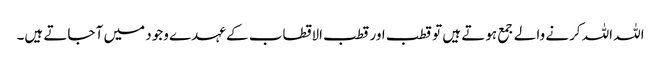
اللہ اللہ کرنے والے جمع ہوتے ہیں تو قطب اور قطب الاقطاب کے عہدے وجود میں آ جاتے ہیں۔